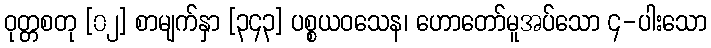
ဝုတ္တစတု [၀၂] စာမျက်နှာ [၃၄၃] ပစ္စယဝသေန၊ ဟောတော်မူအပ်သော ၄-ပါးသော